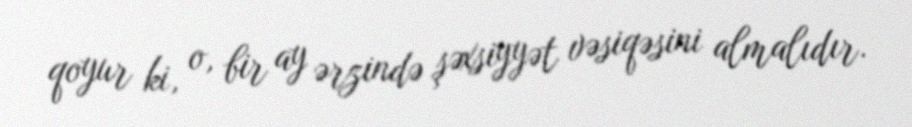
qoyur ki, o, bir ay ərzində şəxsiyyət vəsiqəsini almalıdır.